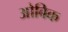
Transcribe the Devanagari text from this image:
ओबिक